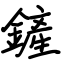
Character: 鏟